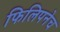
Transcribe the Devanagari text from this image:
फिलिपनेच